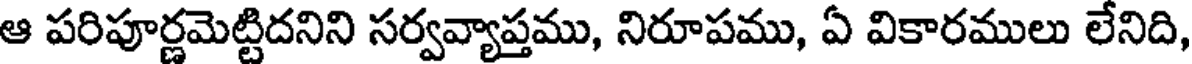
ఆ పరిపూర్ణమెట్టిదనిని సర్వవ్యాప్తము, నిరూపము, ఏ వికారములు లేనిది,